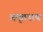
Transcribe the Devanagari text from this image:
अमृतनाथ